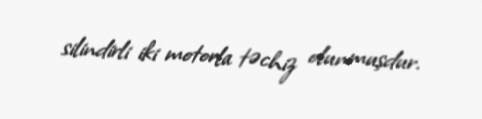
silindirli iki motorla təchiz olunmuşdur.